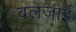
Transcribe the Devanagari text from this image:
बलजाई